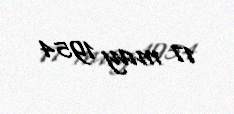
17 may 1954